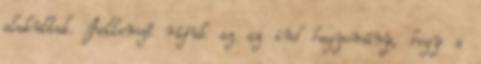
alakultak. Jellemző rájuk az az ind hagyomány, hogy a